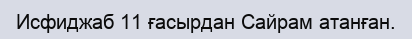
Исфиджаб 11 ғасырдан Сайрам атанған.